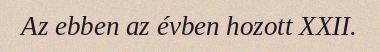
Az ebben az évben hozott XXII.